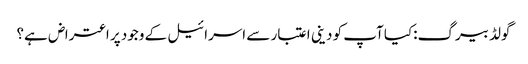
گولڈ بیرگ:کیا آپ کو دینی اعتبار سے اسرائیل کے وجود پر اعتراض ہے؟